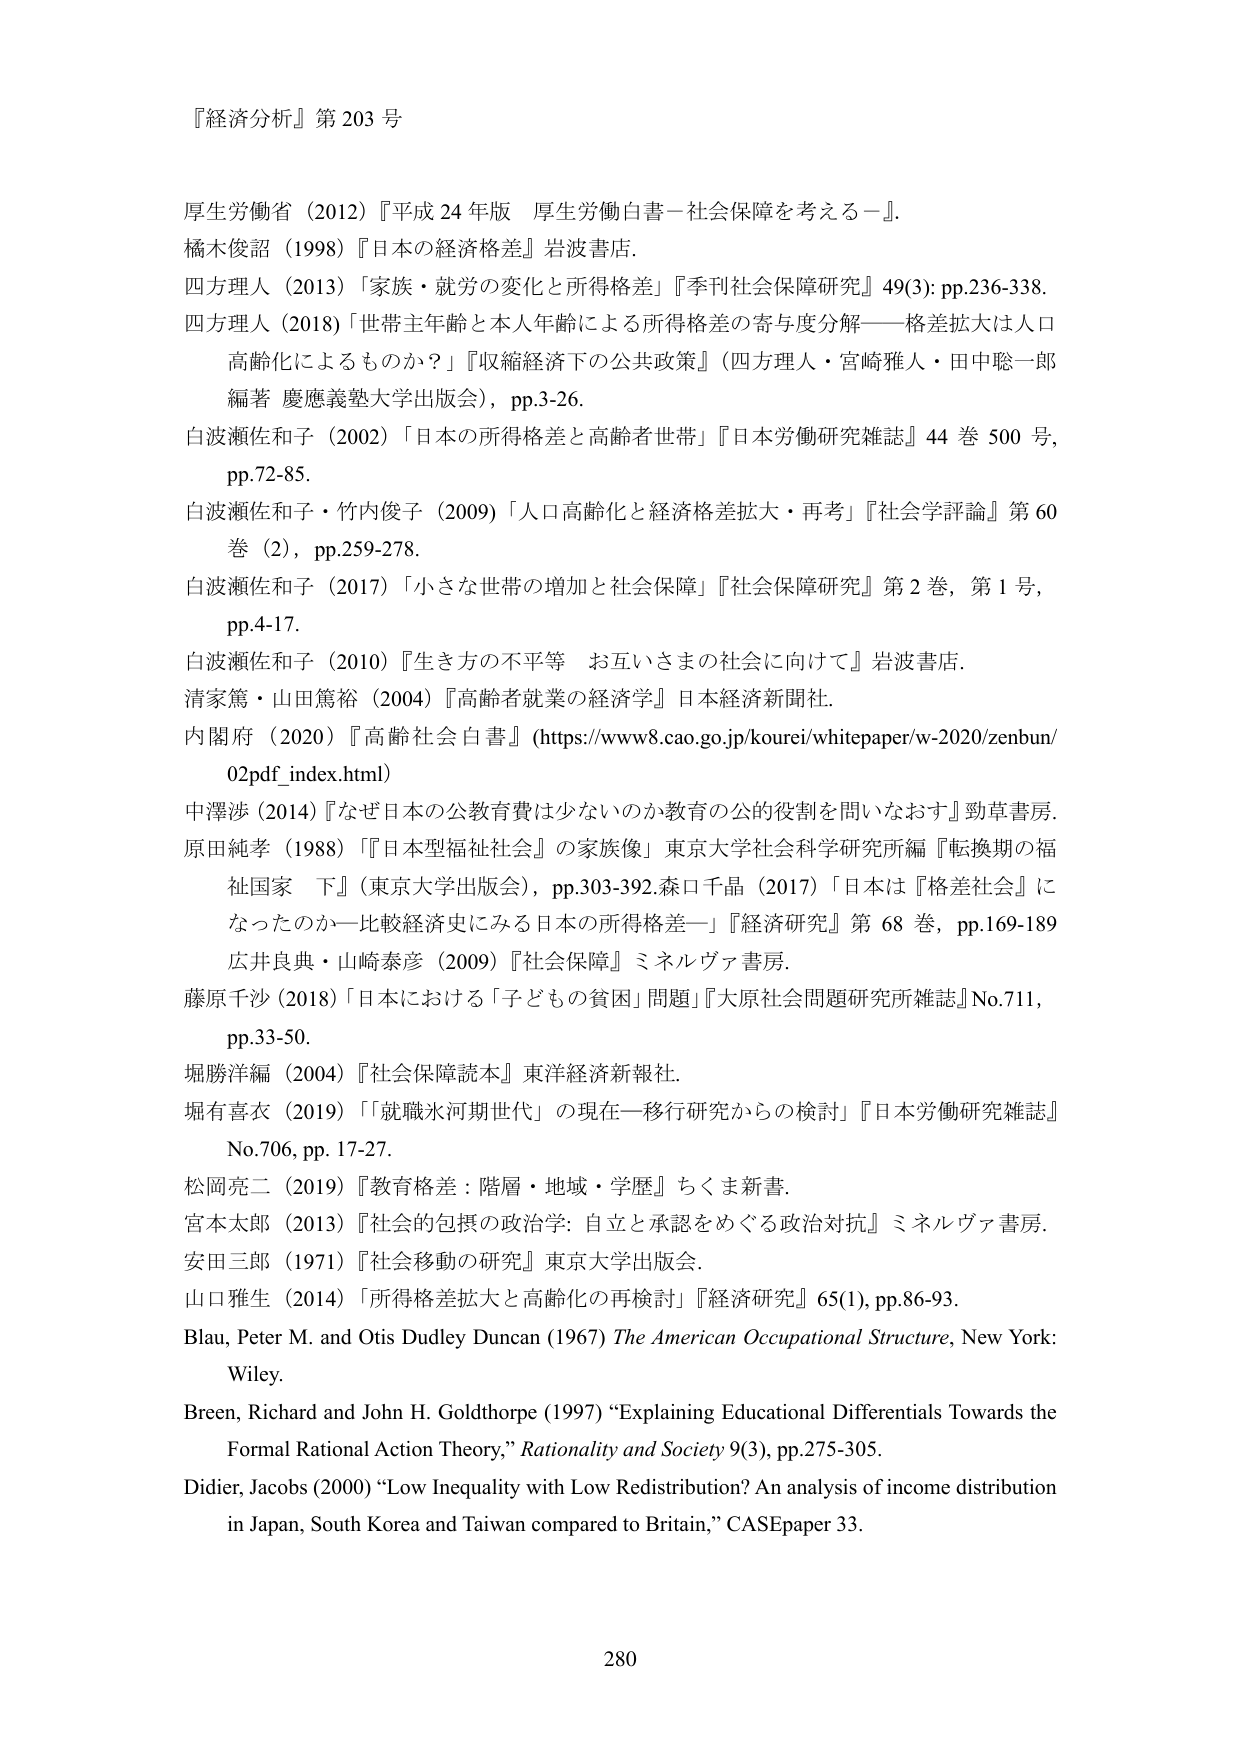
『経済分析』第203号

厚生労働省（2012）『平成24年版 厚生労働白書－社会保障を考える－』．
橘木俊詔（1998）『日本の経済格差』岩波書店．
四方理人（2013）「家族・就労の変化と所得格差」『季刊社会保障研究』49(3): pp.236-338．
四方理人（2018）「世帯主年齢と本人年齢による所得格差の寄与度分解——格差拡大は人口高齢化によるものか？」『収縮経済下の公共政策』（四方理人・宮崎雅人・田中聡一郎編著 慶應義塾大学出版会），pp.3-26．
白波瀬佐和子（2002）「日本の所得格差と高齢者世帯」『日本労働研究雑誌』44巻500号，pp.72-85．
白波瀬佐和子・竹内俊子（2009）「人口高齢化と経済格差拡大・再考」『社会学評論』第60巻（2），pp.259-278．
白波瀬佐和子（2017）「小さな世帯の増加と社会保障」『社会保障研究』第2巻，第1号，pp.4-17．
白波瀬佐和子（2010）『生き方の不平等 お互いさまの社会に向けて』岩波書店．
清家篤・山田篤裕（2004）『高齢者就業の経済学』日本経済新聞社．
内閣府（2020）『高齢社会白書』（https://www8.cao.go.jp/koure/whitepaper/w-2020/zenbun/02pdf_index.html）
中澤渉（2014）『なぜ日本の公教育費は少ないのか教育の公的役割を問いなおす』勁草書房．
原田純孝（1988）『「日本型福祉社会」の家族像』東京大学社会科学研究所編『転換期の福祉国家 下』（東京大学出版会），pp.303-392．森口千晶（2017）「日本は『格差社会』になったのかー比較経済史にみる日本の所得格差ー」『経済研究』第68巻，pp.169-189
広井良典・山崎泰彦（2009）『社会保障』ミネルヴァ書房．
藤原千沙（2018）「日本における「子ども」の貧困」問題」『大原社会問題研究所雑誌』No.711，pp.33-50．
堀勝洋編（2004）『社会保障読本』東洋経済新報社．
堀有喜衣（2019）「「就職氷河期世代」の現在ー移行研究からの検討」『日本労働研究雑誌』No.706，pp.17-27．
松岡亮二（2019）『教育格差：階層・地域・学歴』ちくま新書．
宮本太郎（2013）『社会的包摂の政治学：自立と承認をめぐる政治対抗』ミネルヴァ書房．
安田三郎（1971）『社会移動の研究』東京大学出版会．
山口雅生（2014）「所得格差拡大と高齢化の再検討」『経済研究』65(1)，pp.86-93．
Blau, Peter M. and Otis Dudley Duncan (1967) The American Occupational Structure, New York: Wiley.
Breen, Richard and John H. Goldthorpe (1997) “Explaining Educational Differentials Towards the Formal Rational Action Theory,” Rationality and Society 9(3), pp.275-305.
Didier, Jacobs (2000) “Low Inequality with Low Redistribution? An analysis of income distribution in Japan, South Korea and Taiwan compared to Britain,” CASEpaper 33.

280